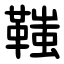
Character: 䩶